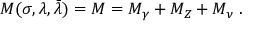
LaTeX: { \cal M } ( \sigma , \lambda , \bar { \lambda } ) = { \cal M } = { \cal M } _ { \gamma } + { \cal M } _ { Z } + { \cal M } _ { \nu } \; .